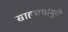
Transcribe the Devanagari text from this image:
साहचर्यामुळे